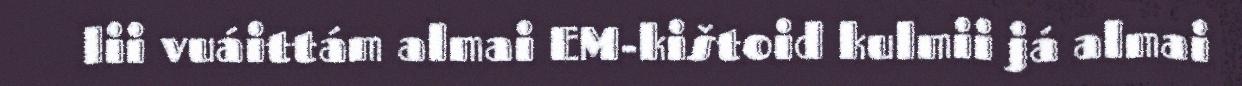
lii vuáittám almai EM-kištoid kulmii já almai